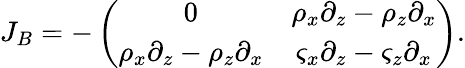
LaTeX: J_{B}=-\left(\begin{array}{cc}{0}&{\rho_{x}\partial_{z}-\rho_{z}\partial_{x}}\\ {\rho_{x}\partial_{z}-\rho_{z}\partial_{x}}&{\varsigma_{x}\partial_{z}-\varsigma_{z}\partial_{x}}\end{array}\right).